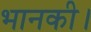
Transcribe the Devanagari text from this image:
भानकी।